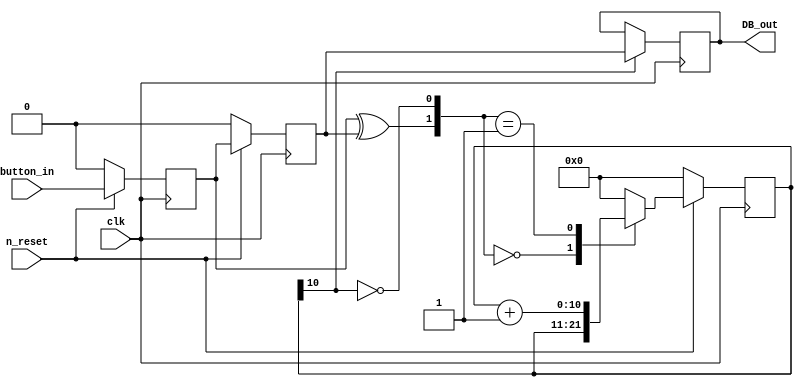
//debouncer para tratar ruidos dos push buttons do kit FPGA
`timescale 1 ns / 100 ps
module  DeBounce 
	(
	input 			clk, n_reset, button_in,				// inputs
	output reg 	DB_out													// output
	);
//// ---------------- internal constants --------------
	parameter N = 11 ;		// (2^ (11) )/ 50 MHz = 41 us debounce time
////---------------- internal variables ---------------
	reg  [N-1 : 0]	q_reg;							// timing regs
	reg  [N-1 : 0]	q_next;
	reg DFF1, DFF2;									// input flip-flops
	wire q_add;											// control flags
	wire q_reset;
//// ------------------------------------------------------

////contenious assignment for counter control
	assign q_reset = (DFF1  ^ DFF2);		// xor input flip flops to look for level chage to reset counter
	assign  q_add = ~(q_reg[N-1]);			// add to counter when q_reg msb is equal to 0
	
//// combo counter to manage q_next	
	always @ ( q_reset, q_add, q_reg)
		begin
			case( {q_reset , q_add})
				2'b00 :
						q_next <= q_reg;
				2'b01 :
						q_next <= q_reg + 1;
				default :
						q_next <= { N {1'b0} };
			endcase 	
		end
	
//// Flip flop inputs and q_reg update
	always @ ( posedge clk )
		begin
			if(n_reset ==  1'b0)
				begin
					DFF1 <= 1'b0;
					DFF2 <= 1'b0;
					q_reg <= { N {1'b0} };
				end
			else
				begin
					DFF1 <= button_in;
					DFF2 <= DFF1;
					q_reg <= q_next;
				end
		end
	
//// counter control
	always @ ( posedge clk )
		begin
			if(q_reg[N-1] == 1'b1)
					DB_out <= DFF2;
			else
					DB_out <= DB_out;
		end

	endmodule